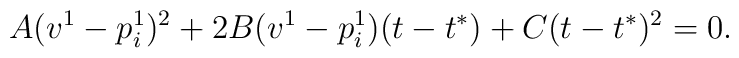
A(v^1-p_i^1)^2+2B(v^1-p_i^1)(t-t^{*})+C(t-t^{*})^2=0.